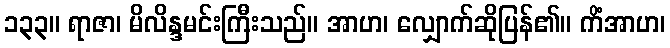
၁၃၃။ ရာဇာ၊ မိလိန္ဒမင်းကြီးသည်။ အာဟ၊ လျှောက်ဆိုပြန်၏။ ကိံအာဟ၊